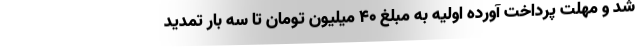
شد و مهلت پرداخت آورده اولیه به مبلغ 40 میلیون تومان تا سه بار تمدید